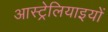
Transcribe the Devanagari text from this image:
आस्ट्रेलियाइयों